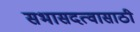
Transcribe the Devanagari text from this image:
सभासदत्वासाठी